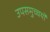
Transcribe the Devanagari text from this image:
उपसमुच्चर्यों